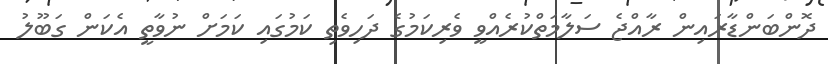
ދޮންބަންޑާރައިން ރާއްޖެ ސަލާމަތްކުރެއްވީ ވެރިކަމުގެ ދަހިވެތި ކަމުގައި ކަމަށް ނުވާތީ އެކަން ގަބޫލު